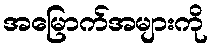
အမြောက်အများကို